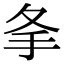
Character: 𢩸